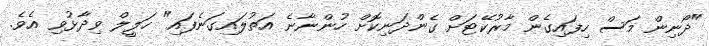
"ދޯނިން މަސް ހިފައިގެން މާރުކޭޓަށް ގެންދަނިކޮށް ހުންނާނެ އަތުލައިގަނެފައި" ހަލީލް ވިދާޅުވި އެވެ.